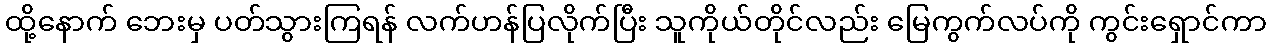
ထို့နောက် ဘေးမှ ပတ်သွားကြရန် လက်ဟန်ပြလိုက်ပြီး သူကိုယ်တိုင်လည်း မြေကွက်လပ်ကို ကွင်းရှောင်ကာ